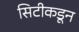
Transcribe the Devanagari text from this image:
सिटीकडून